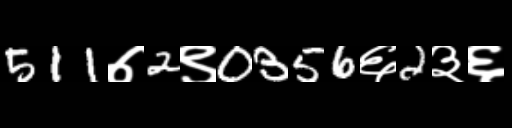
Text: 511७2९0356६2३६